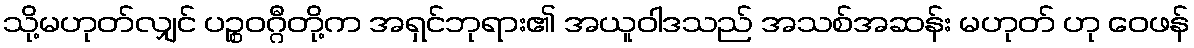
သို့မဟုတ်လျှင် ပဉ္စဝဂ္ဂီတို့က အရှင်ဘုရား၏ အယူဝါဒသည် အသစ်အဆန်း မဟုတ် ဟု ဝေဖန်